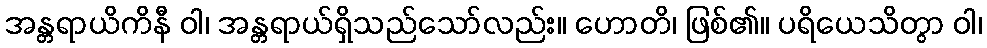
အန္တရာယိကိနီ ဝါ၊ အန္တရာယ်ရှိသည်သော်လည်း။ ဟောတိ၊ ဖြစ်၏။ ပရိယေသိတွာ ဝါ၊